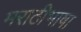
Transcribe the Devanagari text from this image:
मराठीभाषा